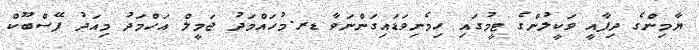
ޔާމިންގެ ދިފާއީ ވަކީލުންގެ ޓީމުގައި ހިމެނިވަޑައިގަންނަވާ ޑރ.މުހައްމަދު ޖަމީލް އަހްމަދު މިއަދު ފޭސްބޫކް